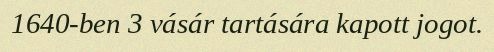
1640-ben 3 vásár tartására kapott jogot.